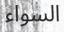
السواء